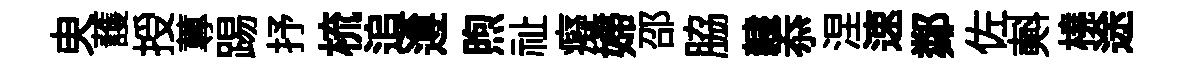
㬰䕶授蓴踢抒梳追遵煦祉癡婦邵脇隸忝涅速鄰佐𣂏橈途